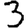
Digit: 3